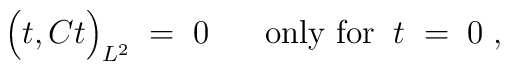
\Big( t, C t \Big)_{L^2} \; = \; 0 \; \; \; \; \; \;\mbox{only for} \; \; t \; = \; 0 \; ,